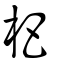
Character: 杷